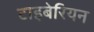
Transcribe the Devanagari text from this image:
टाइबेरियन